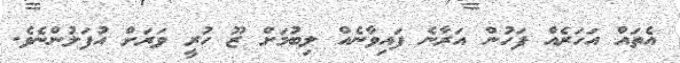
އެތައް އަހަރެއް ފަހުން އަރާނެ ފައިވާނެއް ލިބުމަށް ޒޫ ހުރީ ވަރަށް އުފަލުންނެވެ.